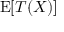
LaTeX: \operatorname { E } [ { \boldsymbol { T } } ( X ) ]